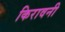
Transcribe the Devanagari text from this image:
किरावनी